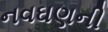
નવઘણની